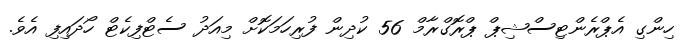
ހިންގި އެޕްރެންޓިސްޝިޕް ޕްރޮގްރާމް 56 ކުދިން ފުރިހަމަކޮށް މިއަދު ސެޓްފިކެޓް ހޯދައިފި އެވެ.